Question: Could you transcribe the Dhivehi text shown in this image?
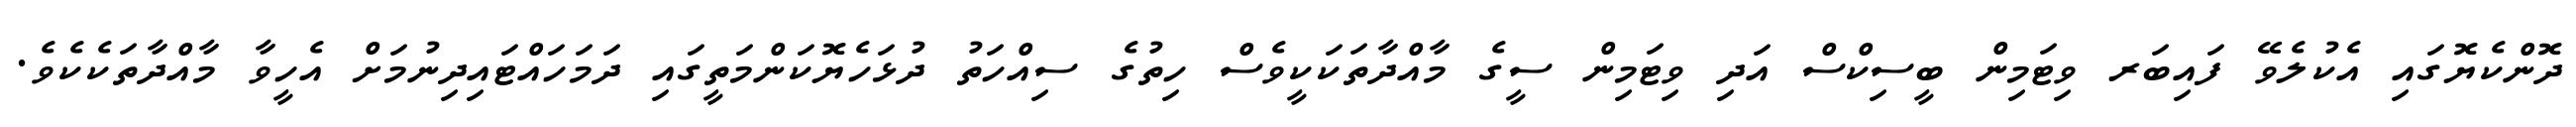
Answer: ދޮންކެޔޮގައި އެކުލެވޭ ފައިބަރ ވިޓަމިން ބީސިކްސް އަދި ވިޓަމިން ސީގެ މާއްދާތަކަކީވެސް ހިތުގެ ސިއްހަތު ދުޅަހެޔޮކަންމަތީގައި ދަމަހައްޓައިދިނުމަށް އެހީވާ މާއްދާތަކެކެވެ.